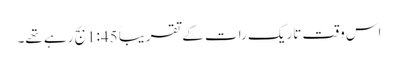
اس وقت تاریک رات کے تقریباََ 1:45بج رہے تھے۔